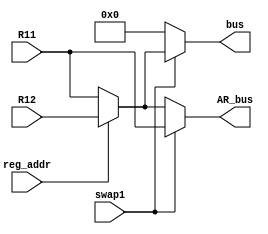
module RegAcontroller(swap1,reg_addr,bus,AR_bus,R11,R12
    );
	input swap1,reg_addr;
	input [17:0] R11,R12;
	output reg [17:0] bus, AR_bus;
	
	always @ (R11 or R12 or swap1 or reg_addr)
	if(swap1) begin
	AR_bus<=R11;
	 if (reg_addr)
	 bus<=R12;
	 else
	 bus<=R11; end
	else begin
	 bus<=8'b0;
	 if (reg_addr)
	 AR_bus<=R12;
	 else
	 AR_bus<=R11; end
endmodule